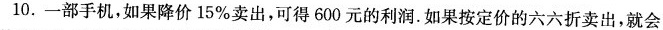
10.一部手机，如果降价15%卖出，可得600元的利润.如果按定价的六六折卖出，就会